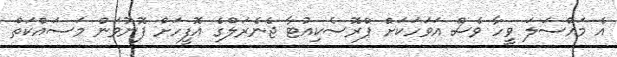
އެ މައްސަލަ ވީހާ ވެސް އަވަހަކަށް ޕްރޮސެކިއުޓާ ޖެނެރަލްގެ އޮފީހަށް ފޮނުވަން މަސައްކަތް